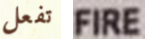
تفعل FIRE